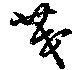
茂